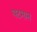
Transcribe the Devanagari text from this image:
घटमान